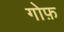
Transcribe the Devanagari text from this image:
गोफ़